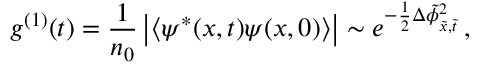
g ^ { ( 1 ) } ( t ) = \frac { 1 } { n _ { 0 } } \left| \langle \psi ^ { * } ( x , t ) \psi ( x , 0 ) \rangle \right| \sim e ^ { - \frac { 1 } { 2 } \Delta \tilde { \phi } _ { \tilde { x } , \tilde { t } } ^ { 2 } } \, ,